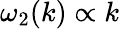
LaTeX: \omega_{2}(k)\propto k